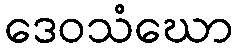
ဒေဝသံဃော